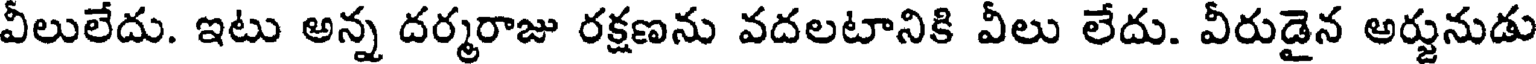
వీలులేదు. ఇటు అన్న దర్మరాజు రక్షణను వదలటానికి వీలు లేదు. వీరుడైన అర్జునుడు